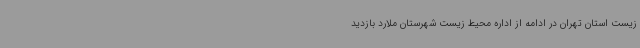
زیست استان تهران در ادامه از اداره محیط زیست شهرستان ملارد بازدید